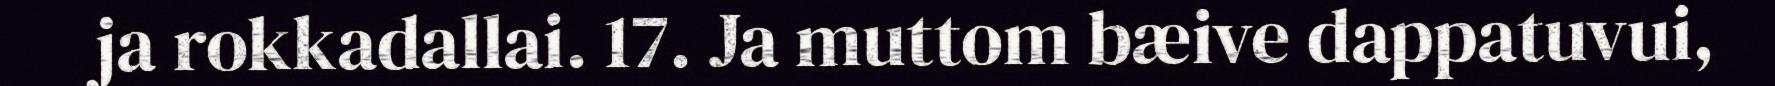
ja rokkadallai. 17. Ja muttom bæive dappatuvui,